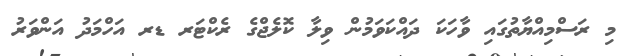
މި ރަސްމިއްޔާތުގައި ވާހަކަ ދައްކަވަމުން ވިލާ ކޮލެޖްގެ ރެކްޓަރ ޑރ އަހްމަދު އަންވަރު